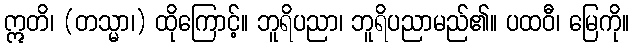
ဣတိ၊ (တသ္မာ၊) ထိုကြောင့်။ ဘူရိပညာ၊ ဘူရိပညာမည်၏။ ပထဝီ၊ မြေကို။